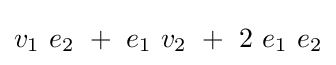
v_{1}~e_{2}~+~e_{1}~v_{2}~+~2~e_{1}~e_{2}